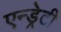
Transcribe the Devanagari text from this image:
एन्ड्रेटी